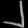
Digit: ၂